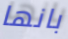
بانها